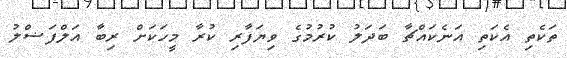
ތަކެތި އެކަތި އަނެކައްޗާ ބަދަލު ކުރުމުގެ ވިޔަފާރި ކުރާ މީހަކަށް ރިބާ އަލްފަޟްލު